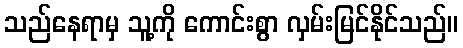
သည်နေရာမှ သူ့ကို ကောင်းစွာ လှမ်းမြင်နိုင်သည်။